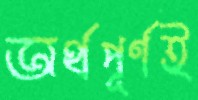
অর্থপূর্ণই